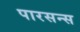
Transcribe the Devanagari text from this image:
पारसन्स